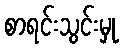
စာရင်းသွင်းမှု